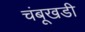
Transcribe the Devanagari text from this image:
चंबूखडी